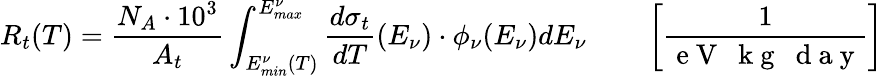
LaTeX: R_{t}(T)=\frac{N_{A}\cdot 10^{3}}{A_{t}}\int_{E_{min}^{\nu}(T)}^{E_{max}^{\nu}}\frac{d\sigma_{t}}{dT}(E_{\nu})\cdot\phi_{\nu}(E_{\nu})dE_{\nu}\qquad\left[\frac{1}{\mathrm{~e~V~~~k~g~~~d~a~y~}}\right]